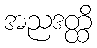
အညဒတ္ထိ